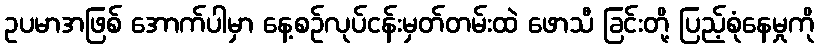
ဥပမာအဖြစ် အောက်ပါမှာ နေ့စဉ်လုပ်ငန်းမှတ်တမ်းထဲ ဖောသီ ခြင်းတို့ ပြည့်စုံနေမှုကို